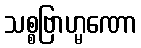
သစ္စဗြာဟ္မဏော